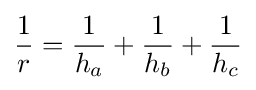
\displaystyle {\frac {1}{r}}={\frac {1}{h_{a}}}+{\frac {1}{h_{b}}}+{\frac {1}{h_{c}}}